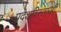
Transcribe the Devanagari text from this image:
प्रदेशविस्तारही